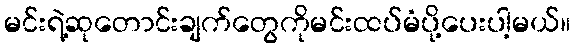
မင်းရဲ့ဆုတောင်းချက်တွေကိုမင်းထပ်မံပို့ပေးပါ့မယ်။